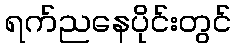
ရက်ညနေပိုင်းတွင်